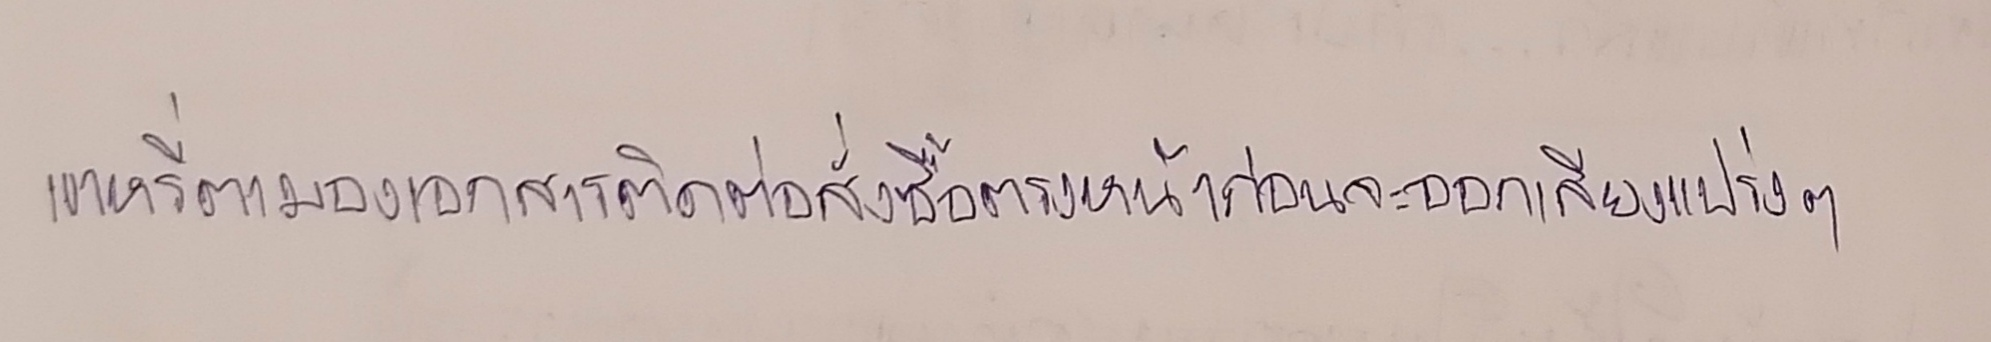
เขาหรี่ตามองเอกสารติดต่อสั่งซื้อตรงหน้าก่อนจะออกเสียงแปร่งๆ